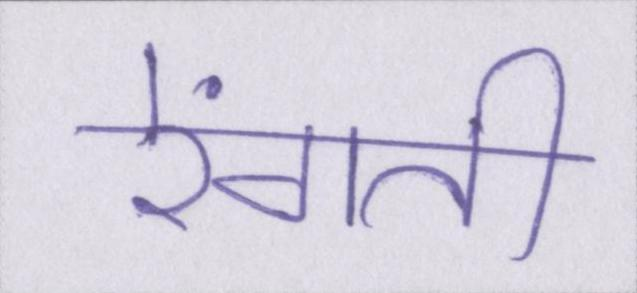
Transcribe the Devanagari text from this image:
रेंगती